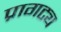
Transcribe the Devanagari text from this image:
प्रागट्य